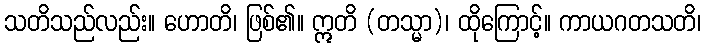
သတိသည်လည်း။ ဟောတိ၊ ဖြစ်၏။ ဣတိ (တသ္မာ)၊ ထိုကြောင့်။ ကာယဂတသတိ၊